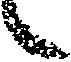
々